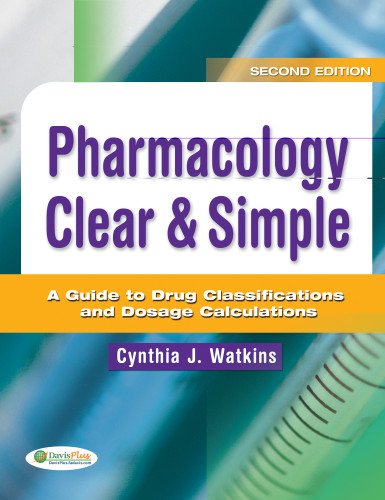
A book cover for Pharmacology Clear & Simple: A Guide to Drug Classifications and Dosage Calculations; Cynthia Watkins RN  MSN; Medical Books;